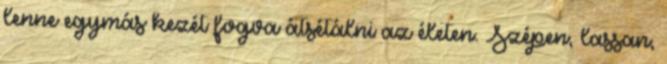
lenne egymás kezét fogva átsétálni az életen. Szépen, lassan,